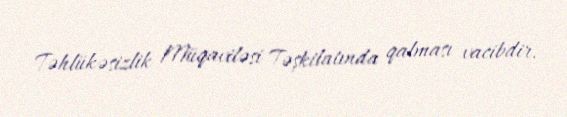
Təhlükəsizlik Müqaviləsi Təşkilatında qalması vacibdir.